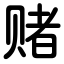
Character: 赌